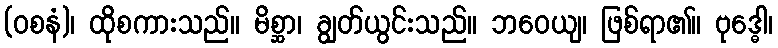
(ဝစနံ)၊ ထိုစကားသည်။ မိစ္ဆာ၊ ချွတ်ယွင်းသည်။ ဘဝေယျ၊ ဖြစ်ရာ၏။ ဗုဒ္ဓေါ၊